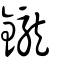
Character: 鑨